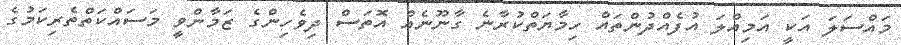
މައްސަލަ އަކީ އަމިއްލަ އުފެއްދުންތައް ހިމާޔަތްކުރާނެ ގާނޫނެއް އޮތަސް ދިވެހިންގެ ޒަމާންވީ މަސައްކަތްތެރިކަމުގެ